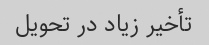
تأخیر زیاد در تحویل